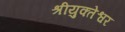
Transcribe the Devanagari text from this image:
श्रीयुक्तेश्वर